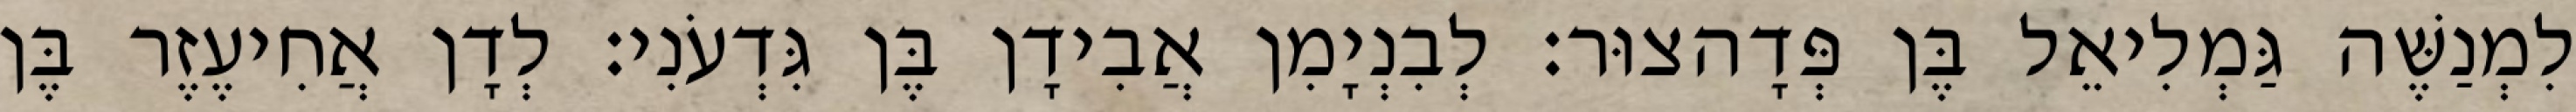
לִמְנַשֶּׁה גַּמְלִיאֵל בֶּן פְּדָהצוּר׃ לְבִנְיָמִן אֲבִידָן בֶּן גִּדְעֹנִי׃ לְדָן אֲחִיעֶזֶר בֶּן